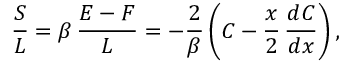
{ \frac { S } { L } } = \beta \, { \frac { E - F } { L } } = - { \frac { 2 } { \beta } } \left( C - { \frac { x } { 2 } } \, { \frac { d C } { d x } } \right) ,